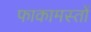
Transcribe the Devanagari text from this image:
फाकामस्तों